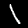
Label: 1